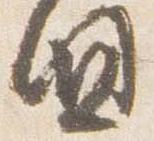
国